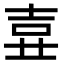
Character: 𡔦